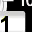
Digit: 1